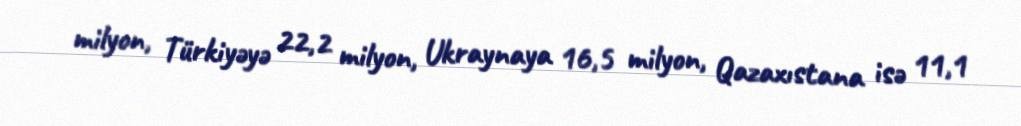
milyon, Türkiyəyə 22,2 milyon, Ukraynaya 16,5 milyon, Qazaxıstana isə 11,1